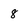
Character: 8